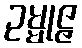
ဥမ္မုဇ္ဇ